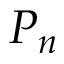
P _ { n }